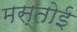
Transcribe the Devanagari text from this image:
मस्तोई